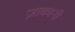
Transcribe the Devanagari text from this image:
ज़ाकानी